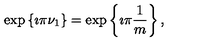
\exp \left\{ \imath \pi \nu _ { 1 } \right\} = \exp \left\{ \imath \pi \frac { 1 } { m } \right\} ,